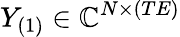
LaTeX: Y_{(1)}\in\mathbb{C}^{N\times(TE)}